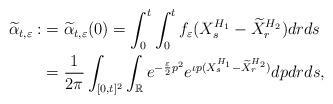
LaTeX: \begin{align*}\widetilde{\alpha}_{t,\varepsilon}:&=\widetilde{\alpha}_{t,\varepsilon}(0)=\int_0^t\int_0^tf_\varepsilon(X^{H_1}_s-\widetilde{X}^{H_2}_r)drds\\&=\frac{1}{2\pi}\int_{[0,t]^2}\int_{\mathbb{R}}e^{-\frac{\varepsilon}{2}p^2}e^{\iota p(X^{H_1}_s-\widetilde{X}^{H_2}_r)}dpdrds,\end{align*}